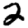
Digit: 2